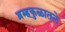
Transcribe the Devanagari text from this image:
ब्रम्हकुळातले